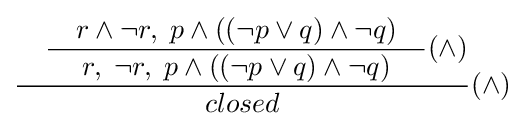
{\dfrac {\quad {\dfrac {\quad r\land \neg r,\;p\land ((\neg p\lor q)\land \neg q)\quad }{r,\;\neg r,\;p\land ((\neg p\lor q)\land \neg q)}}(\land )}{closed}}(\land )